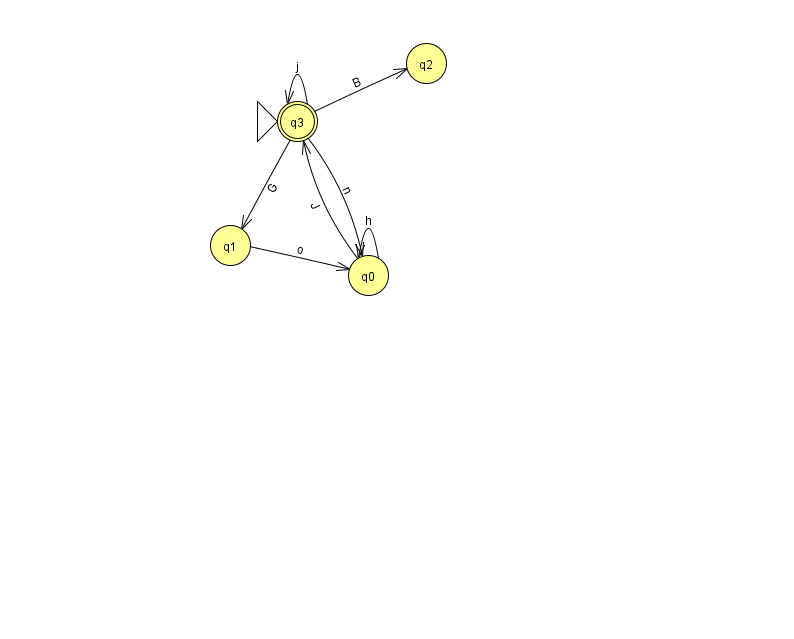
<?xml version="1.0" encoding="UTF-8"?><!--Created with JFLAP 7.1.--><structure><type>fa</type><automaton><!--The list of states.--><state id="0" name="q0"><x>368.0</x><y>262.0</y></state><state id="1" name="q1"><x>230.0</x><y>232.0</y></state><state id="2" name="q2"><x>426.0</x><y>50.0</y></state><state id="3" name="q3"><x>297.0</x><y>108.0</y><initial/><final/></state><!--The list of transitions.--><transition><from>3</from><to>1</to><read>G</read></transition><transition><from>3</from><to>2</to><read>B</read></transition><transition><from>0</from><to>0</to><read>h</read></transition><transition><from>3</from><to>3</to><read>j</read></transition><transition><from>3</from><to>0</to><read>n</read></transition><transition><from>1</from><to>0</to><read>o</read></transition><transition><from>0</from><to>3</to><read>J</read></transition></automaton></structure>